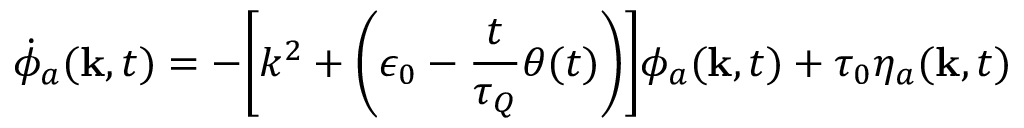
{ \dot { \phi } } _ { a } ( { \bf k } , t ) = - \bigg [ k ^ { 2 } + \bigg ( { \epsilon _ { 0 } - \frac { t } { \tau _ { Q } } \theta ( t ) \bigg ) \bigg ] \phi _ { a } ( \bf k } , t ) + \tau _ { 0 } \eta _ { a } ( { \bf k } , t )